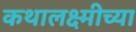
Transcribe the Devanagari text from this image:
कथालक्ष्मीच्या